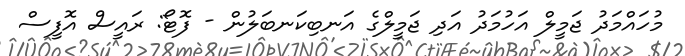
މުހައްމަދު ޖަމީލް އަހުމަދު އަދި ޖަމީލްގެ އަނބިކަނބަލުން - ފޮޓޯ: ރައީސް އޮފީސް